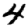
Digit: 4